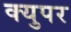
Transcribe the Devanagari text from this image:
क्युपर